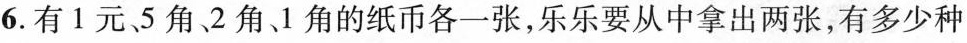
6.有1元5角2角1角的纸币各一张，乐乐要从中拿出两张，有多少种